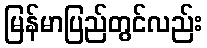
မြန်မာပြည်တွင်လည်း